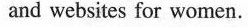
and websites for women.